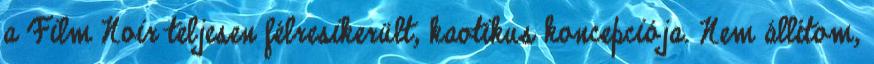
a Film Noir teljesen félresikerült, kaotikus koncepciója. Nem állítom,